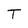
Character: T